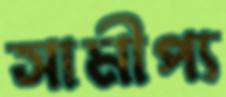
সামীপ্য